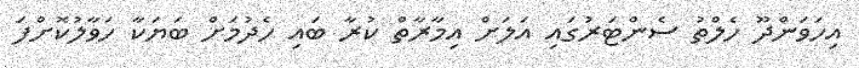
އިހަވަންދޫ ހެލްތު ސެންޓަރުގައި އަލަށް އިމާރާތް ކުރާ ބައި ހެދުމަށް ބަޔަކާ ހަވާލުކޮށްފަ